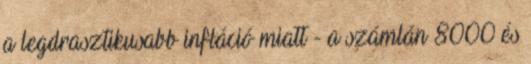
a legdrasztikusabb infláció miatt - a számlán 8000 és